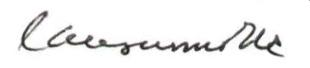
lausunnolle